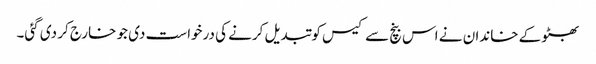
بھٹو کے خاندان نے اس بنچ سے کیس کو تبدیل کرنے کی درخواست دی جو خارج کر دی گئی۔